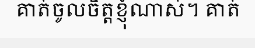
គាត់ចូលចិត្តខ្ញុំណាស់។ គាត់